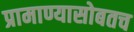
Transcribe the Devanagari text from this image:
प्रामाण्यासोबतच